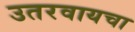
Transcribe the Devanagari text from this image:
उतरवायचा